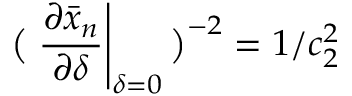
\big ( \left. \frac { \partial \bar { x } _ { n } } { \partial \delta } \right| _ { \delta = 0 } \big ) ^ { - 2 } = 1 / c _ { 2 } ^ { 2 }